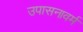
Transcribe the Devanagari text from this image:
उपासनावर्म